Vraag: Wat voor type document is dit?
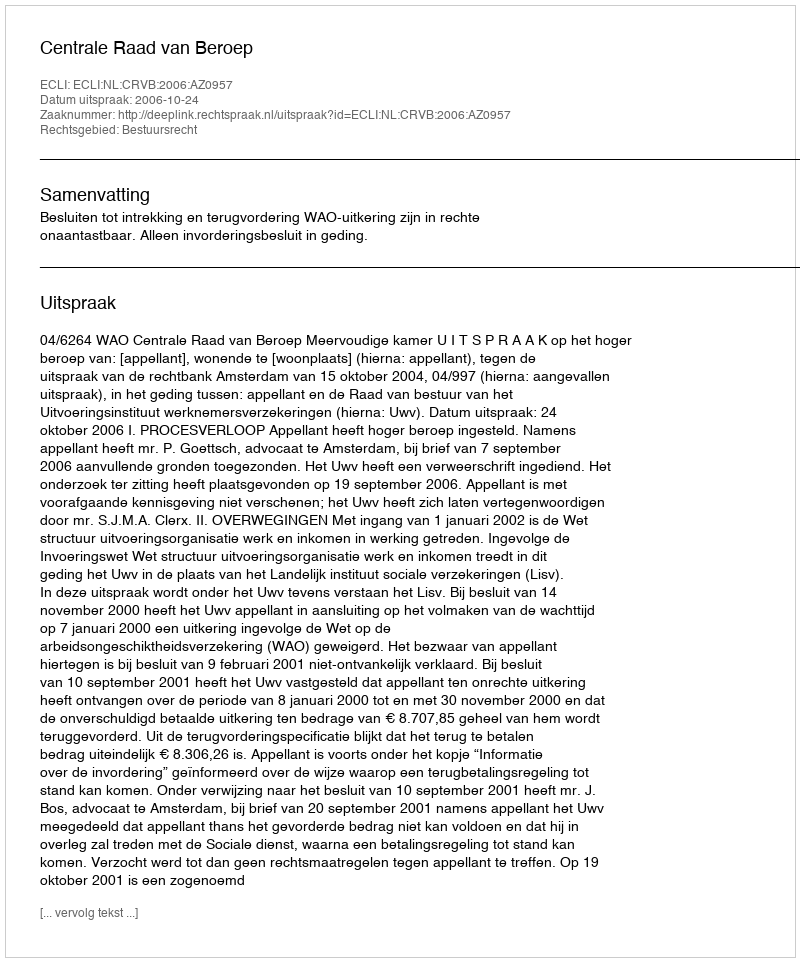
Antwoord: Uitspraak